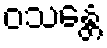
ဝသန္တေ